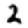
Digit: 2